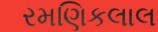
રમણિકલાલ